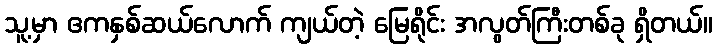
သူ့မှာ ဧကနှစ်ဆယ်လောက် ကျယ်တဲ့ မြေရိုင်း အလွတ်ကြီးတစ်ခု ရှိတယ်။